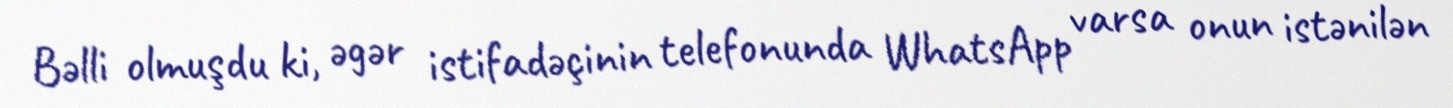
Bəlli olmuşdu ki, əgər istifadəçinin telefonunda WhatsApp varsa onun istənilən